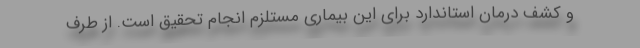
و کشف درمان استاندارد برای این بیماری مستلزم انجام تحقیق است. از طرف